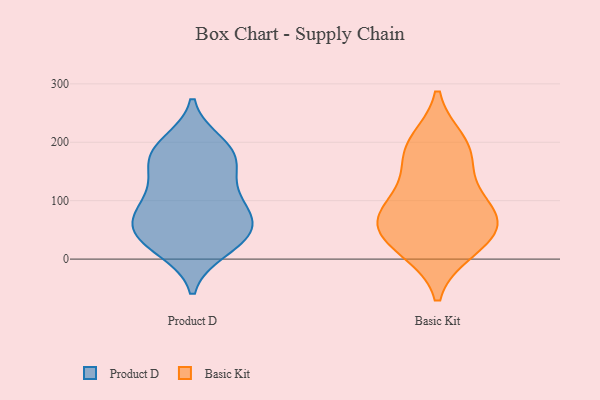
{"axis": {"x": "Tickets Resolved", "y": "Value"}, "legend": ["Basic Kit", "Product D"], "data": [{"x": "", "y": 139, "type": "Product D"}, {"x": "", "y": 101, "type": "Product D"}, {"x": "", "y": 87, "type": "Product D"}, {"x": "", "y": 55, "type": "Product D"}, {"x": "", "y": 57, "type": "Product D"}, {"x": "", "y": 172, "type": "Product D"}, {"x": "", "y": 71, "type": "Product D"}, {"x": "", "y": 172, "type": "Product D"}, {"x": "", "y": 176, "type": "Product D"}, {"x": "", "y": 20, "type": "Product D"}, {"x": "", "y": 191, "type": "Product D"}, {"x": "", "y": 120, "type": "Product D"}, {"x": "", "y": 39, "type": "Product D"}, {"x": "", "y": 71, "type": "Product D"}, {"x": "", "y": 198, "type": "Product D"}, {"x": "", "y": 16, "type": "Product D"}, {"x": "", "y": 35, "type": "Product D"}, {"x": "", "y": 21, "type": "Basic Kit"}, {"x": "", "y": 16, "type": "Basic Kit"}, {"x": "", "y": 200, "type": "Basic Kit"}, {"x": "", "y": 74, "type": "Basic Kit"}, {"x": "", "y": 68, "type": "Basic Kit"}, {"x": "", "y": 191, "type": "Basic Kit"}, {"x": "", "y": 45, "type": "Basic Kit"}, {"x": "", "y": 127, "type": "Basic Kit"}, {"x": "", "y": 64, "type": "Basic Kit"}, {"x": "", "y": 87, "type": "Basic Kit"}, {"x": "", "y": 173, "type": "Basic Kit"}]}